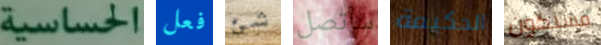
الحساسية فعل شئ سأتصل الحكيمة فسنكون